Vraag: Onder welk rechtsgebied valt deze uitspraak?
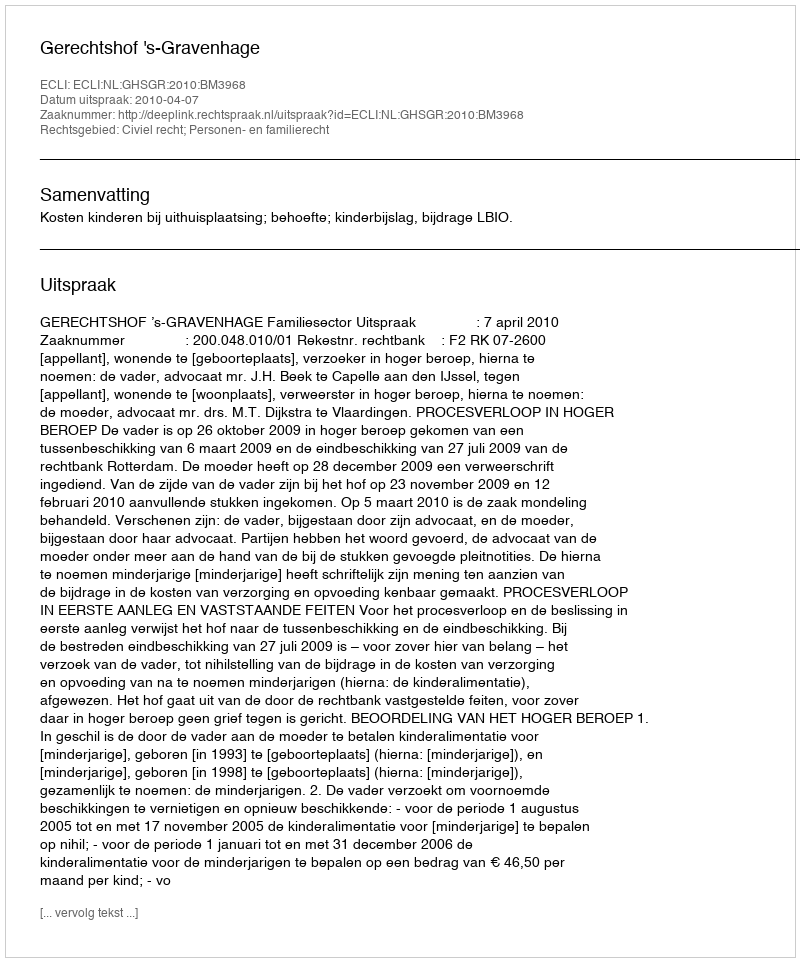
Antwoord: Civiel recht; Personen- en familierecht